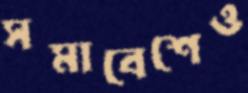
সমাবেশেও